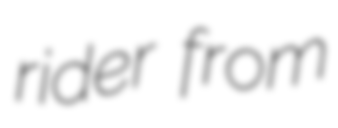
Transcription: rider from